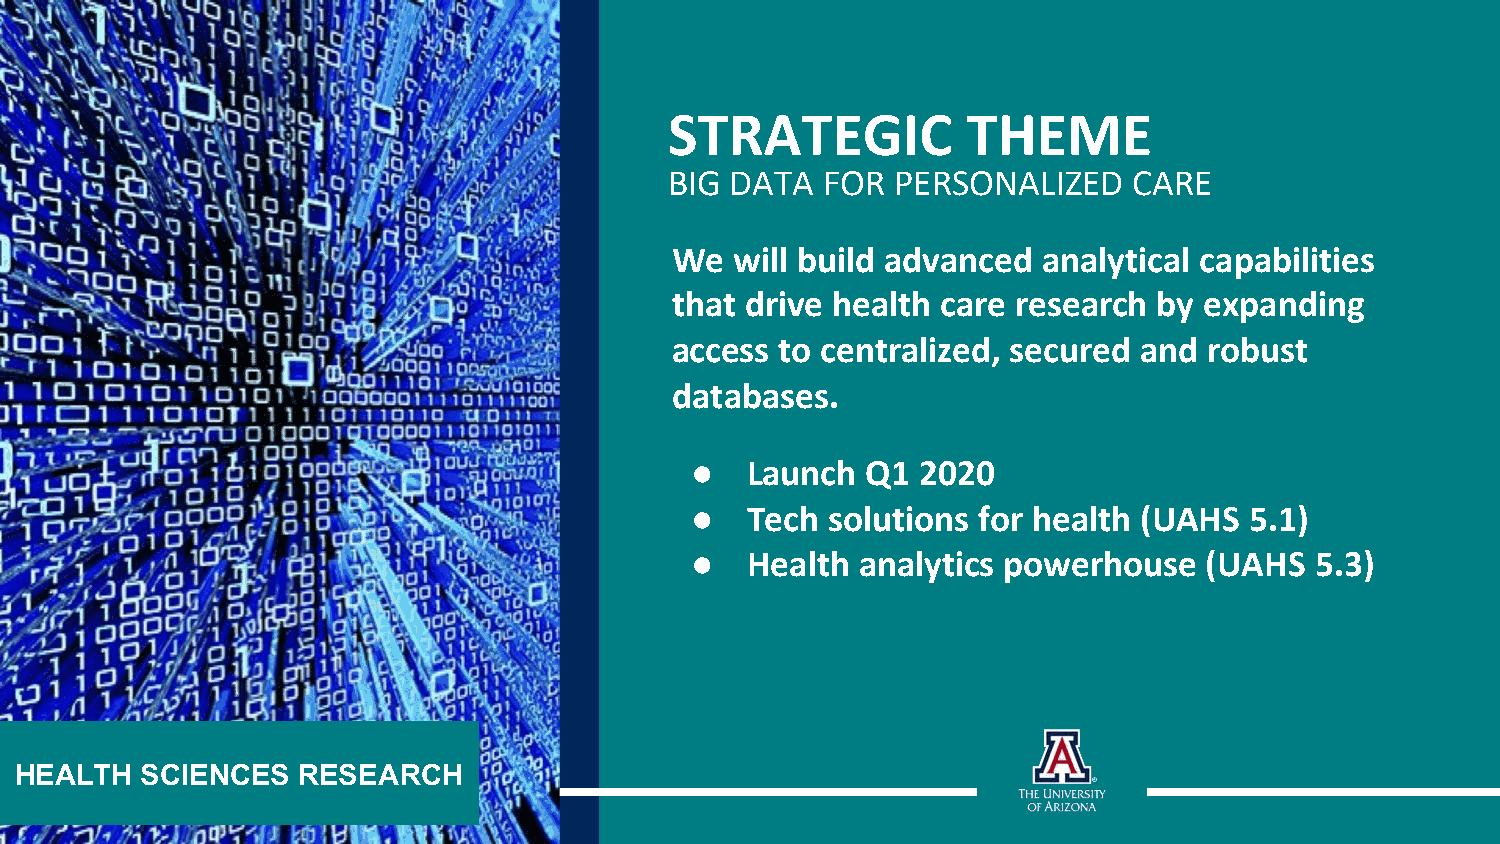
STRATEGIC           THEME
 BIG DATA   FOR PERSONALIZED    CARE
 We   will build advanced analytical capabilities
 that drive health care research  by expanding
 access  to centralized, secured and robust
 databases.
 ●  Launch  Q1  2020
 ●  Tech  solutions for health (UAHS  5.1)
 ●  Health  analytics powerhouse   (UAHS  5.3)
 HEALTH  SCIENCES   RESEARCH